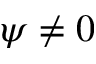
\psi \neq 0